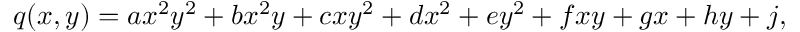
q ( x , y ) = a x ^ { 2 } y ^ { 2 } + b x ^ { 2 } y + c x y ^ { 2 } + d x ^ { 2 } + e y ^ { 2 } + f x y + g x + h y + j ,